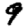
Digit: 9